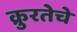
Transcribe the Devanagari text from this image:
क्रुरतेचे